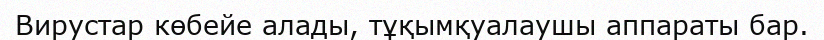
Вирустар көбейе алады, тұқымқуалаушы аппараты бар.